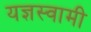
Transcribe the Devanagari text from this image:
यज्ञस्वामी